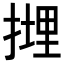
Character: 𢲪